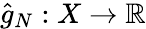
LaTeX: {\hat{g}}_{N}:X\rightarrow\mathbb{R}